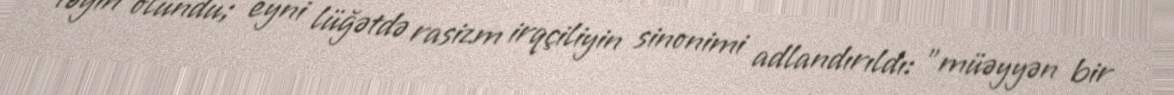
təyin olundu; eyni lüğətdə rasizm irqçiliyin sinonimi adlandırıldı: "müəyyən bir